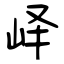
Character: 峄